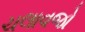
ચલાવજો